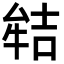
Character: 𭷬